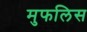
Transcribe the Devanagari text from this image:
मुफलिस